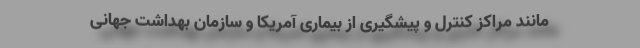
مانند مراکز کنترل و پیشگیری از بیماری آمریکا و سازمان بهداشت جهانی